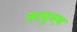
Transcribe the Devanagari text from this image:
तत्पुरु़ष